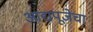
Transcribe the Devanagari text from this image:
आद्यपूजेचा